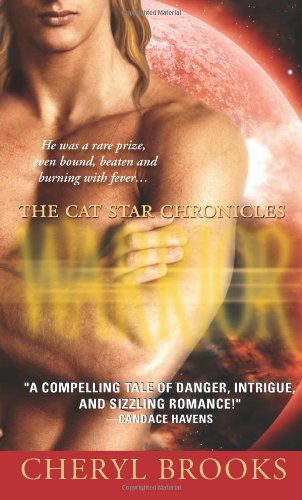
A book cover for Warrior (The Cat Star Chronicles, Book 2); Cheryl Brooks; Romance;